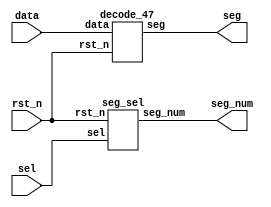
module decode_top (
  rst_n,
  data,
  sel,
  seg_num,
  seg
);
  input         rst_n;
  input   [3:0] data;
  input   [2:0] sel;
  output  [7:0] seg_num;
  output  [6:0] seg;

  //
  seg_sel sel_1 (
    .rst_n    ( rst_n ),
    .sel      ( sel ),
    .seg_num  ( seg_num )
  );
  decode_47 decode_1 (
    .rst_n    ( rst_n ),
    .data     ( data ),
    .seg      ( seg )
  ); 
endmodule

//
module seg_sel (
  rst_n,
  sel,
  seg_num
);
  input         rst_n;      //
  input   [2:0] sel;        //
  output  [7:0] seg_num;    //
  
  reg     [7:0] seg_num;
  always @ ( sel or rst_n ) begin
    if ( ~rst_n ) begin
      seg_num     = 8'b0000_0000; //
    end     
    else begin
      case ( sel ) 
        3'h0:     seg_num = 8'b1111_1110;
        3'h1:     seg_num = 8'b1111_1101;
        3'h2:     seg_num = 8'b1111_1011;
        3'h3:     seg_num = 8'b1111_0111;
        3'h4:     seg_num = 8'b1110_1111;
        3'h5:     seg_num = 8'b1101_1111;
        3'h6:     seg_num = 8'b1011_1111;
        3'h7:     seg_num = 8'b0111_1111;
        default:  seg_num = 8'b1111_1111; //
      endcase
    end
  end
endmodule

//
module decode_47 (
  rst_n,
  data,
  seg  
);
  input         rst_n;
  input   [3:0] data;
  output  [6:0] seg;
  
  //
  reg     [6:0] seg;
  always @ ( data or rst_n ) begin
    if ( ~rst_n ) begin
      seg   = 7'b111_1110;    // -
    end
    else begin 
      case( data )      //        //
        4'h0:     seg = 7'b000_0001;  //7'b111_1110;  // 0
        4'h1:     seg = 7'b100_1111;  //7'b011_0000;  // 1
        4'h2:     seg = 7'b001_0010;  //7'b110_1101;  // 2
        4'h3:     seg = 7'b000_0110;  //7'b111_1001;  // 3
        4'h4:     seg = 7'b100_1100;  //7'b011_0011;  // 4
        4'h5:     seg = 7'b010_0100;  //7'b101_1011;  // 5
        4'h6:     seg = 7'b010_0000;  //7'b101_1111;  // 6
        4'h7:     seg = 7'b000_1111;  //7'b111_0000;  // 7
        4'h8:     seg = 7'b000_0000;  //7'b111_1111;  // 8
        4'h9:     seg = 7'b000_0100;  //7'b111_1011;  // 9
        4'ha:     seg = 7'b000_1000;  //7'b111_0111;  // A
        4'hb:     seg = 7'b110_0000;  //7'b001_1111;  // b
        4'hc:     seg = 7'b011_0001;  //7'b100_1110;  // C
        4'hd:     seg = 7'b100_0010;  //7'b011_1101;  // d
        4'he:     seg = 7'b011_0000;  //7'b100_1111;  // E
        4'hf:     seg = 7'b011_1000;  //7'b100_0111;  // F
        default:  seg = 7'b111_1111;  //7'b000_0000;  // 
      endcase
    end
  end
endmodule